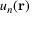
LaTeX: u _ { n } ( \mathbf { r } )